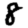
Digit: 8